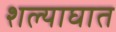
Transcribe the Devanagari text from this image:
शल्याघात